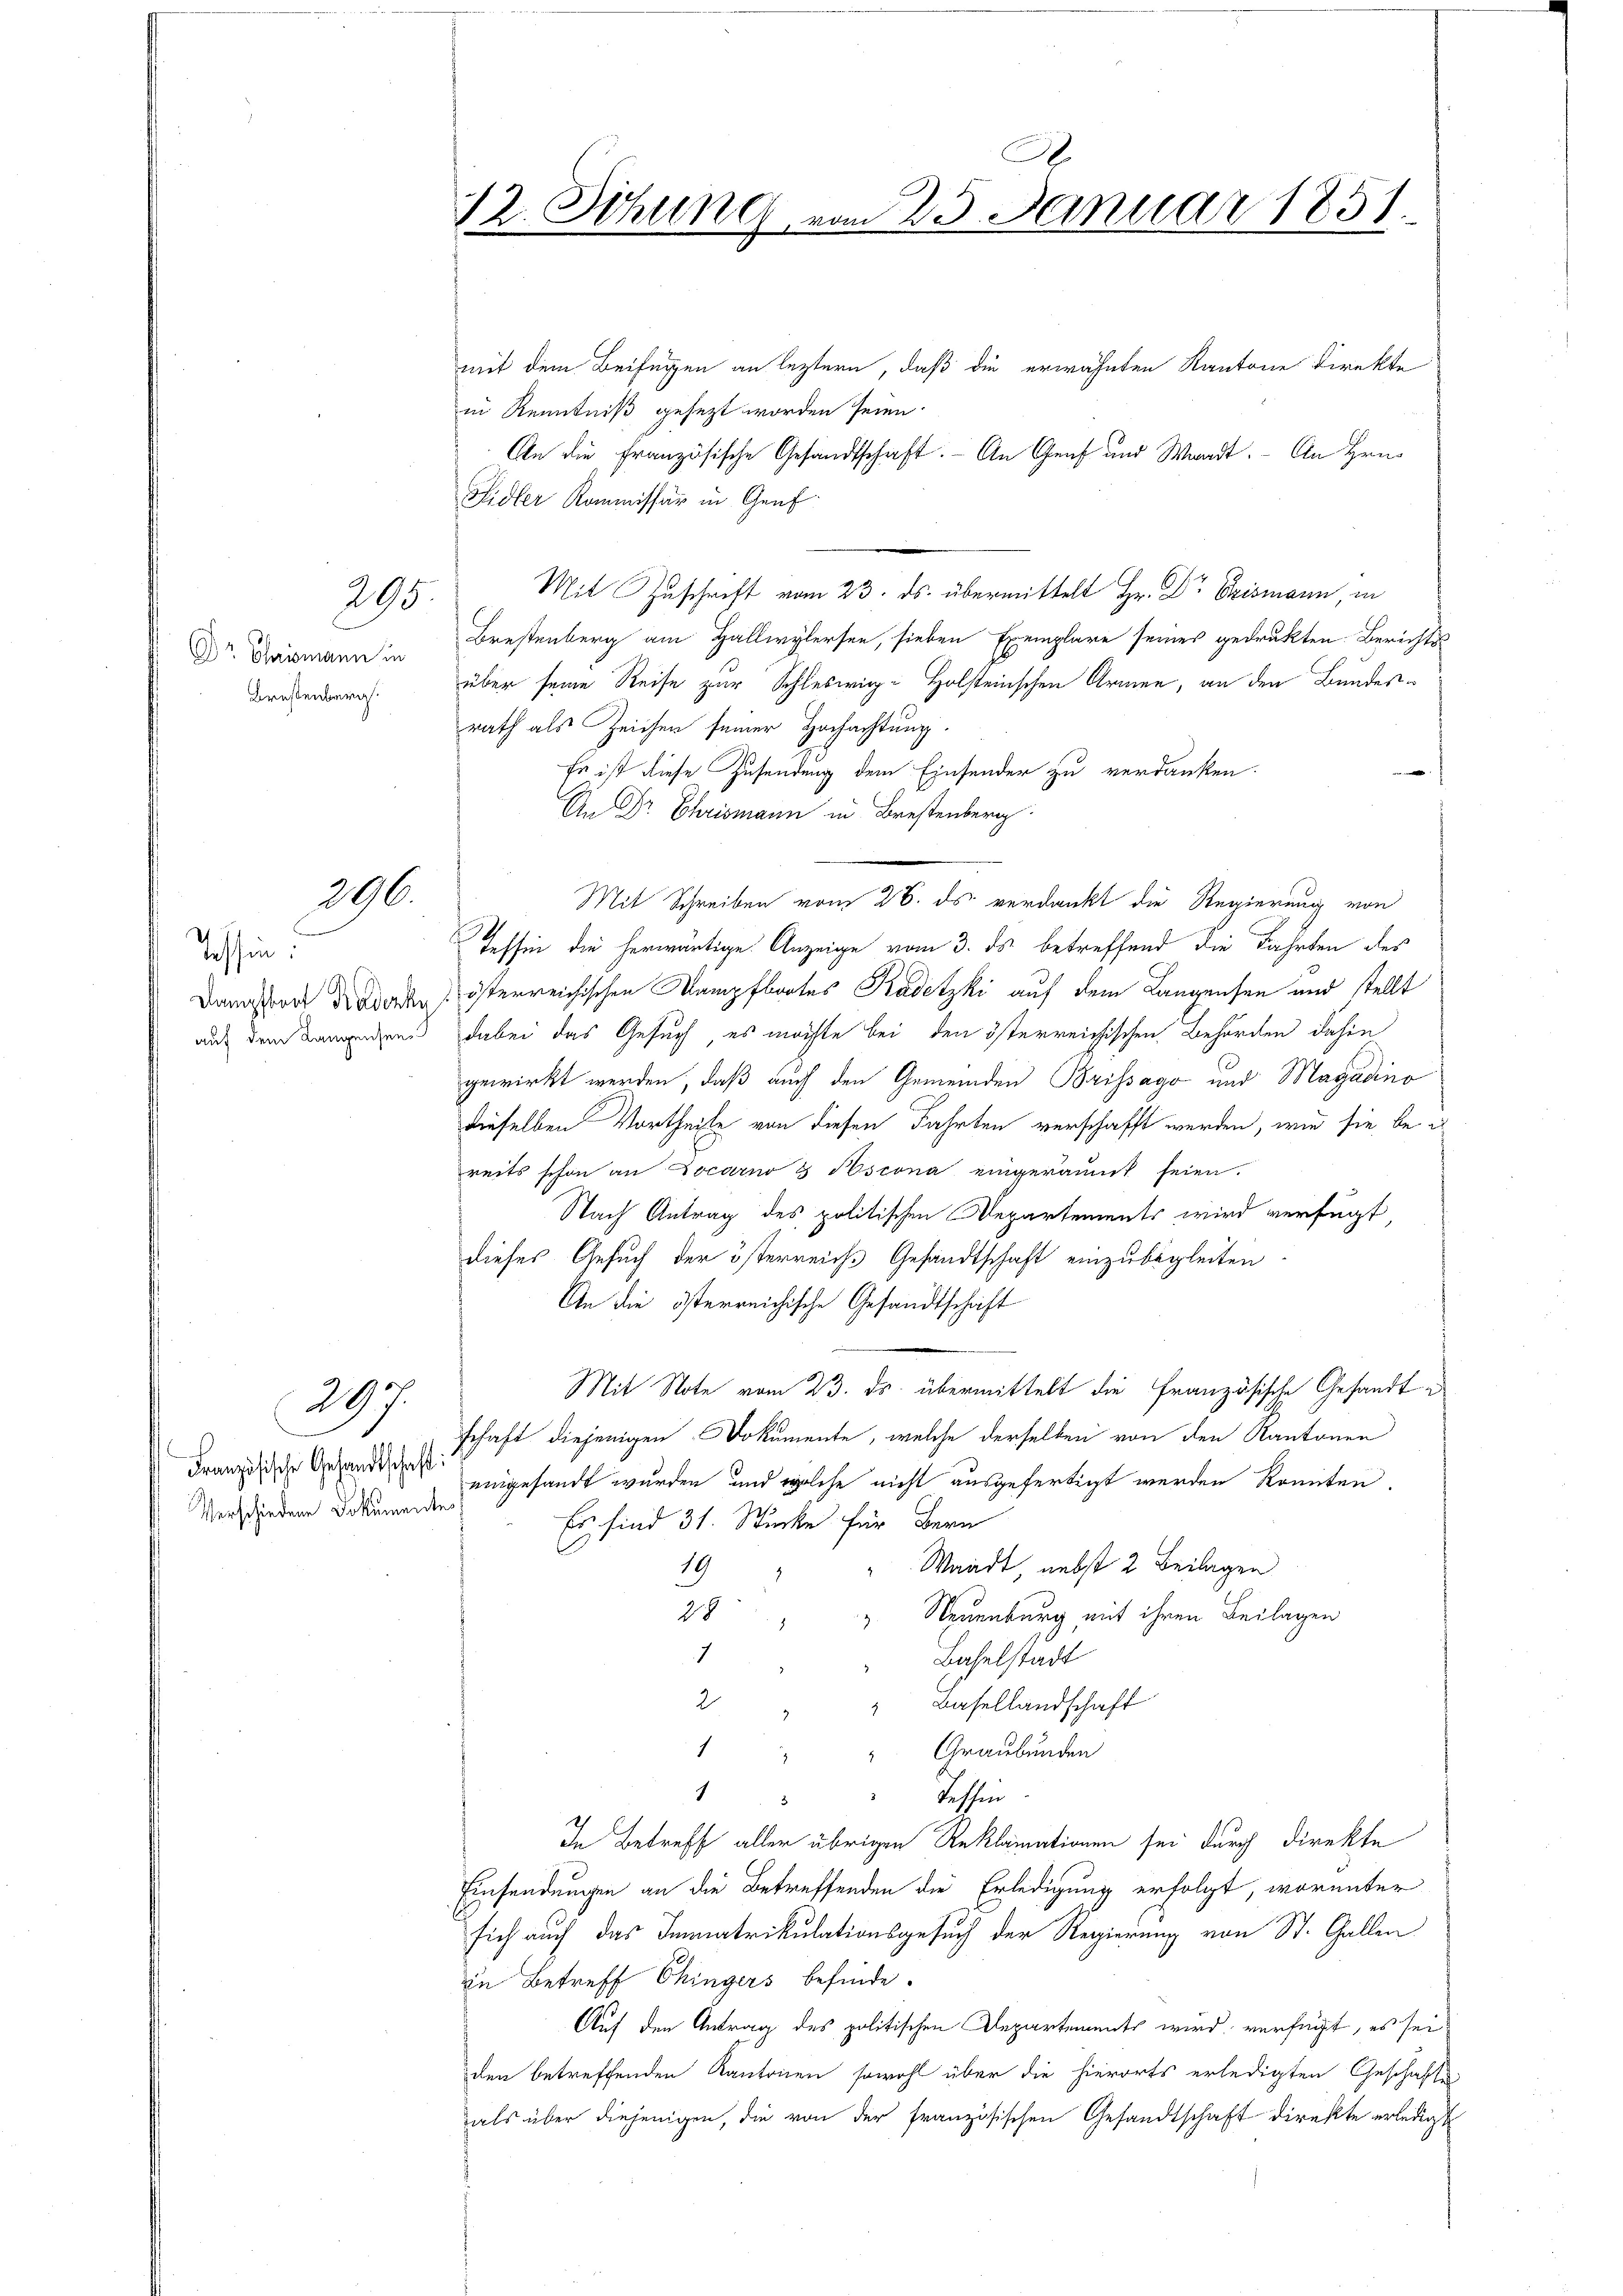
Dr Chrismann in
Brestenberich.

295.

296.

Tessin.
auf dem Langensee

Französische Gesandtschaft:
Verschiedene Dokumentes

297.

.
12. Sitzung vom 23. Januar 1851.

mit dem Beifügen an leztern, daß die erwähnten Kantone direkte
in Kenntniß gesezt worden seien.
An die Französische Gesandtschaft. - An Genf und Waadt. - An Hrn.
Fidler Kommissär in Genf
Mit Zuschrift vom 23. ds. übermittelt Hr. Dr Erismann, in
Brestenberg am Hallwylersen, sieben Exemplare seines gedrukten Berichtsüber seine Reise zur Schleswig-Holsteinschen Armen, an den Bundesrath als Zeichen seiner Hochachtung
e
Es ist diese Zusendung dem Einsender zu verdanken.
An Dr. Chrismann in Brestenberg.
Tessin die herwärtige Anzeige vom 3. ds betreffend die Fahrten des
Dangsart die Forden österreichischen Kampfbootes Kadetzki auf dem Langensen und stellt
dabei das Gesuch, es möchte bei den österreichischen Behörden dahin
gewirkt werden, daß auch den Gemeinden Brissago und Magadino
dieselben Vortheile von diesen Fahrten verschafft werden, wie sie bei
reits schon an Locarno 8 Poscona eingeräumt seien.
Nach Antrag des politischen Departements wird verfügt,
dieses Gesuch der österreichs Gesandtschaft einzubegleiten
An die österreichische Gesandtschaft
Mit Note vom 23. ds. übermittelt die französische Gesandte
schaft diejenigen Dokumente, welche derselben von den Kantonen
eingesandt wurden, und welche nicht ausgefertigt werden könnten,
Es sind 31. Stücke für Bern
19
Waadt, nebst 2 Beilagen
28
Neuenburg mit ihren Beilagen
1
Baselstadt
2
" Basellandschaft
1
" " Graubünden
Teffen
8
In Betreff aller übrigen Reklamationen sei durch direkte
Einsendungen an die Betreffenden die Erledigung erfolgt, worunter
sich auch das Immatrikulationsgesuch der Regierung von St. Gallen
in Betreff Chingers befinde.
Auf den Antrag des politischen Departements wird verfügt, es sei
den betreffenden Kantonen sowohl über die hierorts erledigten Geschäfts-
als über diejenigen, die von der französischen Gesandtschaft direkte erledigt

Mit Schreiben vom 26. ds verdankt die Regierung von